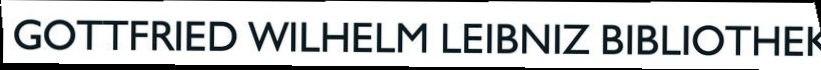
GOTTERIED WILMELM LEIBNIZ BIBLIOTHER